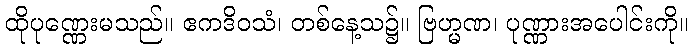
ထိုပုဏ္ဏေးမသည်။ ဧကဒိဝသံ၊ တစ်နေ့သ၌။ ဗြဟ္မဏ၊ ပုဏ္ဏားအပေါင်းကို။